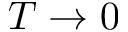
T \to 0